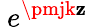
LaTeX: ~e^{\pmjk\mathbf{z}}